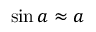
\sin a \approx a